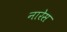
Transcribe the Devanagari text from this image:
नारेस